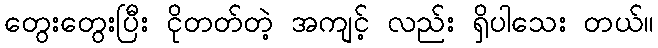
တွေးတွေးပြီး ငိုတတ်တဲ့ အကျင့် လည်း ရှိပါသေး တယ်။